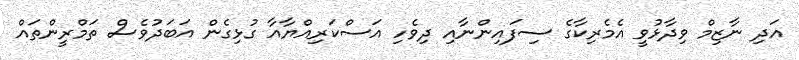
އަދި ނާޒިމް ވިދާޅުވީ އެމެރިކާގެ ސިފައިންނާއި ދިވެހި އަސްކަރިއްޔާއާ ގުޅިގެން އަބަދުވެސް ތަމްރީންތައް